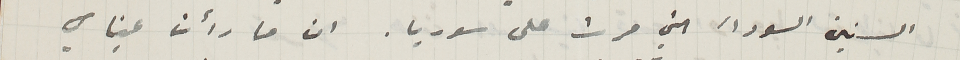
السنين السوداء التي مرت على سوريا. ان ما رأت عيناي